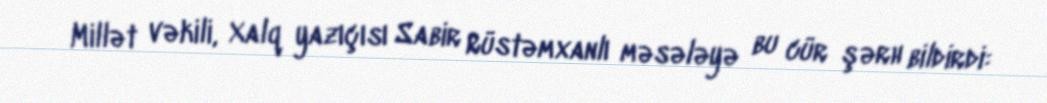
Millət vəkili, Xalq yazıçısı Sabir Rüstəmxanlı məsələyə bu cür şərh bildirdi: